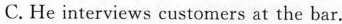
C. He interviews customers at the bar,